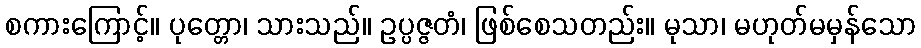
စကားကြောင့်။ ပုတ္တော၊ သားသည်။ ဥပ္ပဇ္ဇတံ၊ ဖြစ်စေသတည်း။ မုသာ၊ မဟုတ်မမှန်သော